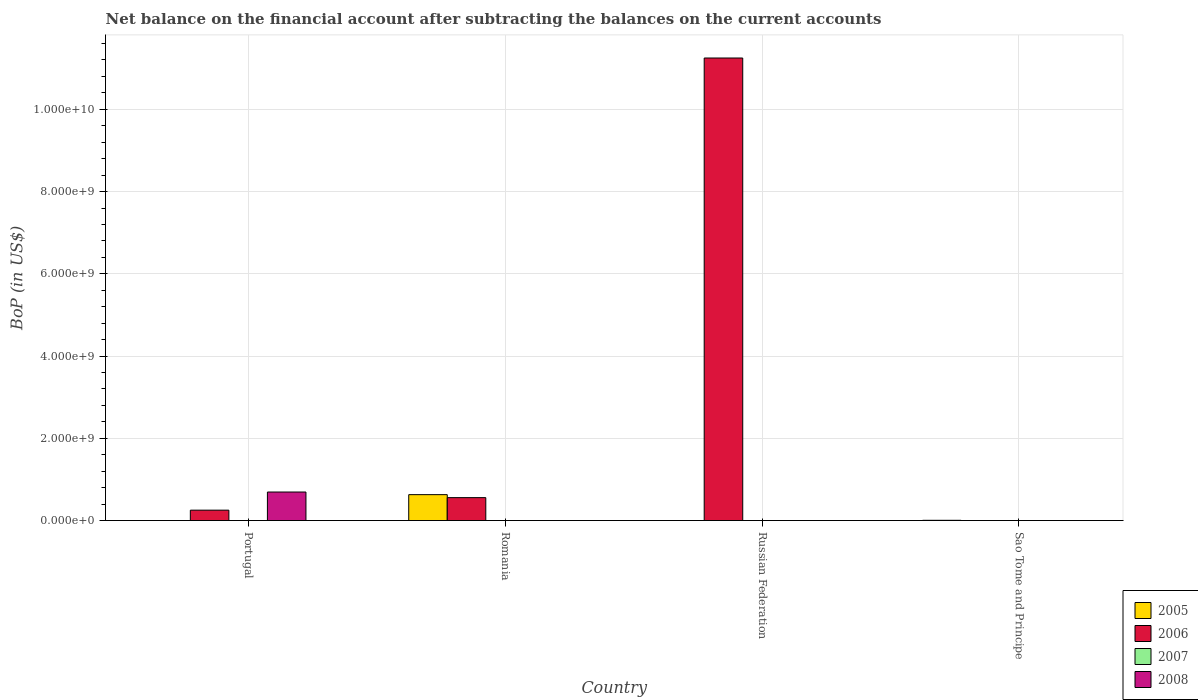
| Country | 2005 | 2006 | 2007 | 2008 |
 | --- | --- | --- | --- | --- |
 | Portugal | -5.31e+08 | 2.53e+08 | -4.81e+08 | 6.94e+08 |
 | Romania | 6.3e+08 | 5.58e+08 | -1.25e+09 | -1.98e+09 |
 | Russian Federation | -5e+09 | 1.12e+10 | -9.73e+09 | -3.14e+09 |
 | Sao Tome and Principe | 6.73e+06 | -8.98e+06 | -1.03e+07 | -3.19e+07 |